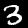
Label: 3